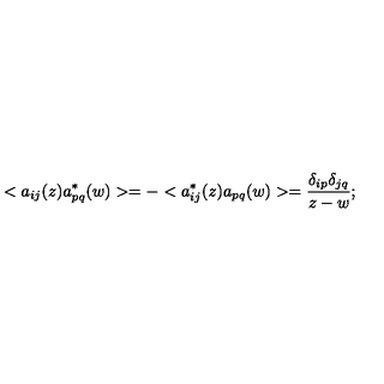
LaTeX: < a _ { i j } ( z ) a _ { p q } ^ { * } ( w ) > = - < a _ { i j } ^ { * } ( z ) a _ { p q } ( w ) > = \frac { \delta _ { i p } \delta _ { j q } } { z - w } ;